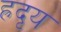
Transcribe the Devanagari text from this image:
ह्रदृय